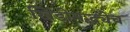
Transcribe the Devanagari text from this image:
खिंडीमद्ध्येच